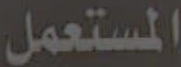
المستعمل